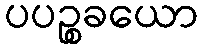
ပပဉ္စခယော